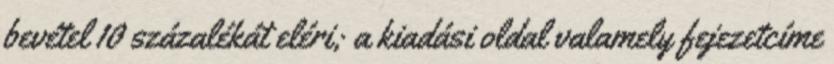
bevétel 10 százalékát eléri; a kiadási oldal valamely fejezetcíme